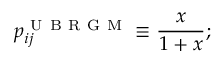
p _ { i j } ^ { \mathrm { ~ U ~ B ~ R ~ G ~ M ~ } } \equiv \frac { x } { 1 + x } ;